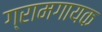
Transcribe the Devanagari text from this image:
ग्रामगायक